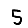
Digit: 5